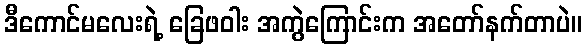
ဒီကောင်မလေးရဲ့ ခြေဖဝါး အကွဲကြောင်းက အတော်နက်တာပဲ။